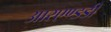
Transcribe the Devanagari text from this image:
आरएण्डडी